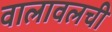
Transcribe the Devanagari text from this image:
वालावलची